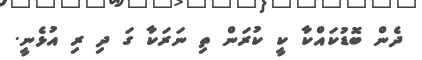
ދެން ބޮޑުކައްކާ ކީ ކުރަން ތި ނަރަކާ ގަ ދި ރި އުޅެނީ.